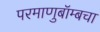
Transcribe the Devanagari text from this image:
परमाणुबॉम्बचा